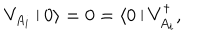
V _ { A _ { i } } \arrowvert 0 \rangle = 0 = \langle 0 \arrowvert V _ { A _ { i } } ^ { \dagger } ,